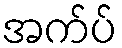
အက်ပ်